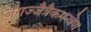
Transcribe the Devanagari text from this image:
जगज्जैत्रैकमन्त्रेण